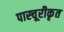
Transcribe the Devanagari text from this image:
पास्चूरीकृत